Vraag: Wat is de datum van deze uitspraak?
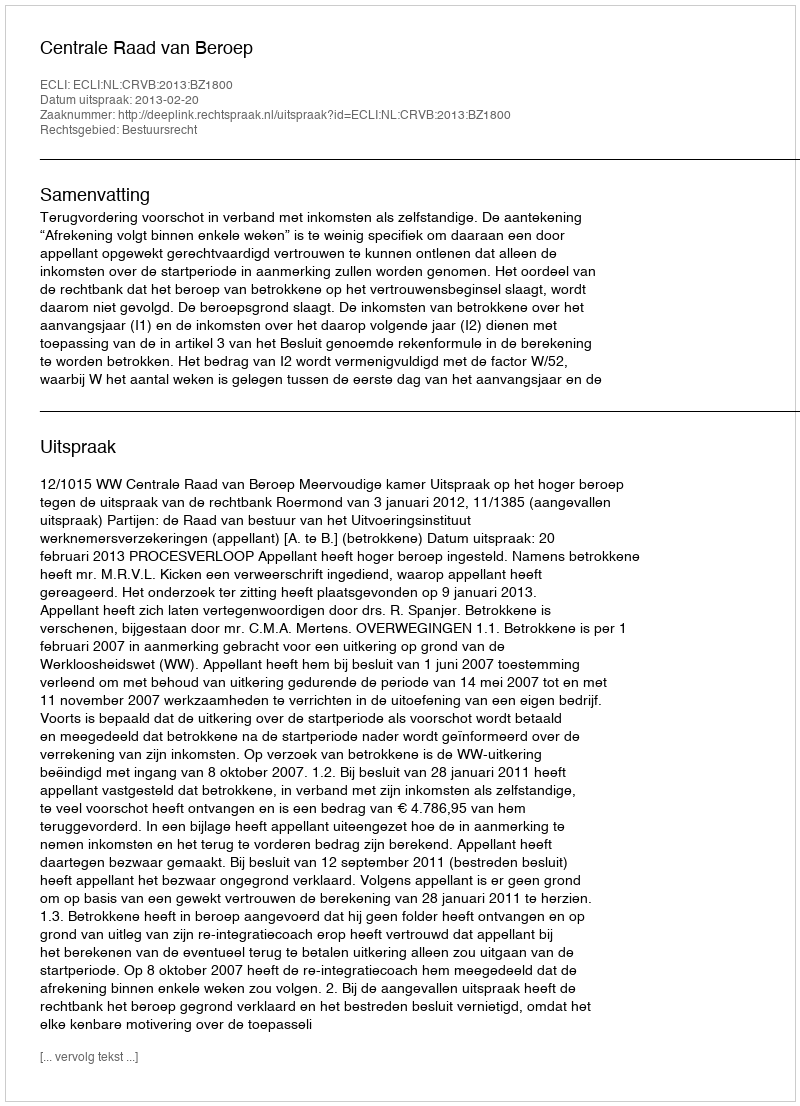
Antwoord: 2013-02-20